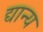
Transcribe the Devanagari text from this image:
द्यान्य